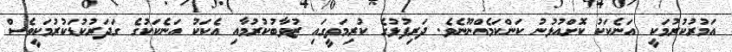
އަމުރުކުރުމަކީ އަނެކަކު ކޮށްއުޅުނު ކަންކަމެއްނޫނެވެ. ދަރިފުޅުގެ ކުރިމަތީގައި ޒުވާބުކުރުމާއި އެކަކު އަނެކަކުގެ ގަދަރުކުޑަކުރުމަކީވެސް